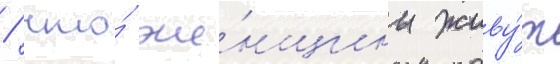
/ что́ же́нщины живу́т